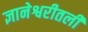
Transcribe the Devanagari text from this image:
ज्ञानेश्वरीतली